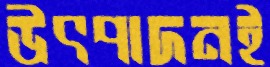
উৎপাদনই